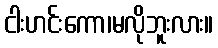
ငါးဟင်းကော၊မလိုဘူးလား။